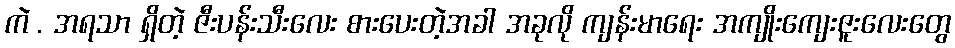
ကဲ . အရသာ ရှိတဲ့ ဇီးပန်းသီးလေး စားပေးတဲ့အခါ အခုလို ကျန်းမာရေး အကျိုးကျေးဇူးလေးတွေ